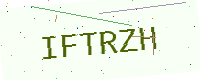
Text: IFTRZH